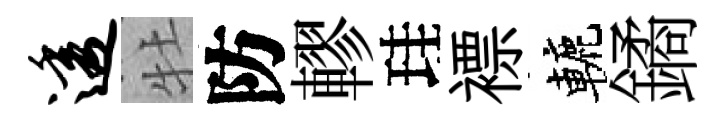
透牡防轇珪褾轆鐍